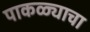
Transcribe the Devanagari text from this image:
पाकळ्याचा